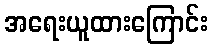
အရေးယူထားကြောင်း